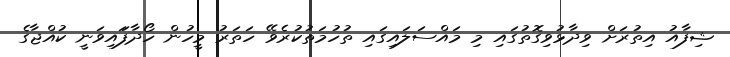
ޝިފާއު އިތުރަށް ވިދާޅުވިގޮތުގައި މި މައްސަލައިގައި ތުހުމަތުކުރެވޭ ހަތަރު މީހުން ހޯދާފަައިވަނީ ކުއްޖާގެ